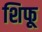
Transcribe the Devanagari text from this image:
शिफू